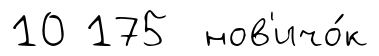
10 175 нов'ичо́к